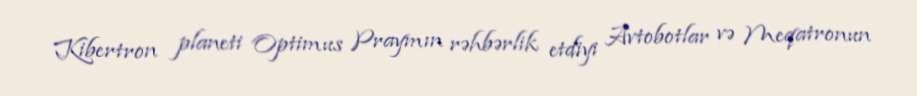
Kibertron planeti Optimus Praymın rəhbərlik etdiyi Avtobotlar və Meqatronun